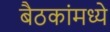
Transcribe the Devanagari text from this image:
बैठकांमध्ये